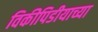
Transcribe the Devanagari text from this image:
विकीपिडीयाच्या